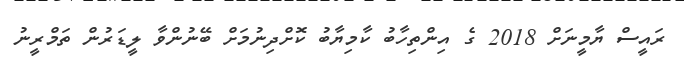
ރައީސް ޔާމީނަށް 2018 ގެ އިންތިހާބު ކާމިޔާބު ކޮށްދިނުމަށް ބޭނުންވާ ލީޑަރުން ތަމްރީނު